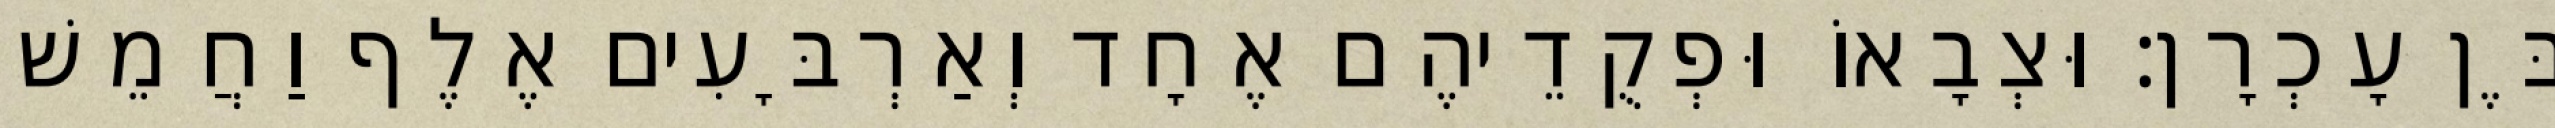
בֶּן עָכְרָן׃ וּצְבָאוֹ וּפְקֻדֵיהֶם אֶחָד וְאַרְבָּעִים אֶלֶף וַחֲמֵשׁ